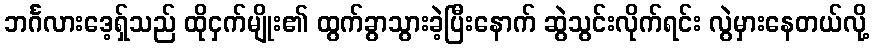
ဘင်္ဂလားဒေ့ရ်ှသည် ထိုငှက်မျိုး၏ ထွက်ခွာသွားခဲ့ပြီးနောက် ဆွဲသွင်းလိုက်ရင်း လွဲမှားနေတယ်လို့